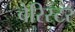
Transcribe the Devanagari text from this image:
बेरिस्टर